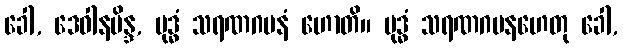
ခေါ, ဒေဝါနမိန္ဒ, ဗုဒ္ဓံ သရဏဂမနံ ဟောတိ။ ဗုဒ္ဓံ သရဏဂမနဟေတု ခေါ,